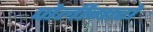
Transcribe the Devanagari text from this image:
पोलीगारों